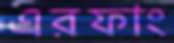
এরফাং